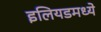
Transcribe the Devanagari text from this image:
इलियडमध्ये